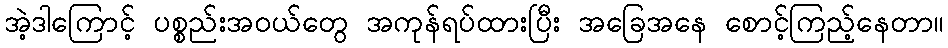
အဲ့ဒါကြောင့် ပစ္စည်းအဝယ်တွေ အကုန်ရပ်ထားပြီး အခြေအနေ စောင့်ကြည့်နေတာ။